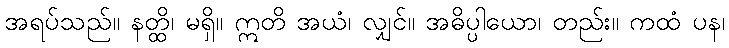
အရပ်သည်။ နတ္ထိ၊ မရှိ။ ဣတိ အယံ၊ လျှင်။ အဓိပ္ပါယော၊ တည်း။ ကထံ ပန၊